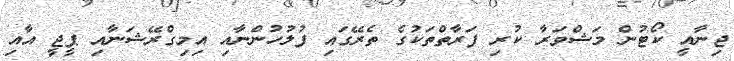
ޖިނާއީ ކޯޓުން މަޝްވަރާ ކުރި ފަރާތްތަކުގެ ތެރޭގައި ފުލުހުންނާއި އިމިގްރޭޝަނާއި ޕީޖީ އާއި